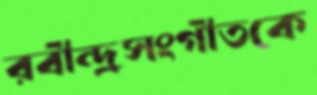
রবীন্দ্রসংগীতকে